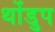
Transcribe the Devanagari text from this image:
थोंडुप